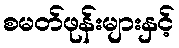
စမတ်ဖုန်းများနှင့်